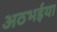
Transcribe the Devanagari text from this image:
अठभईया